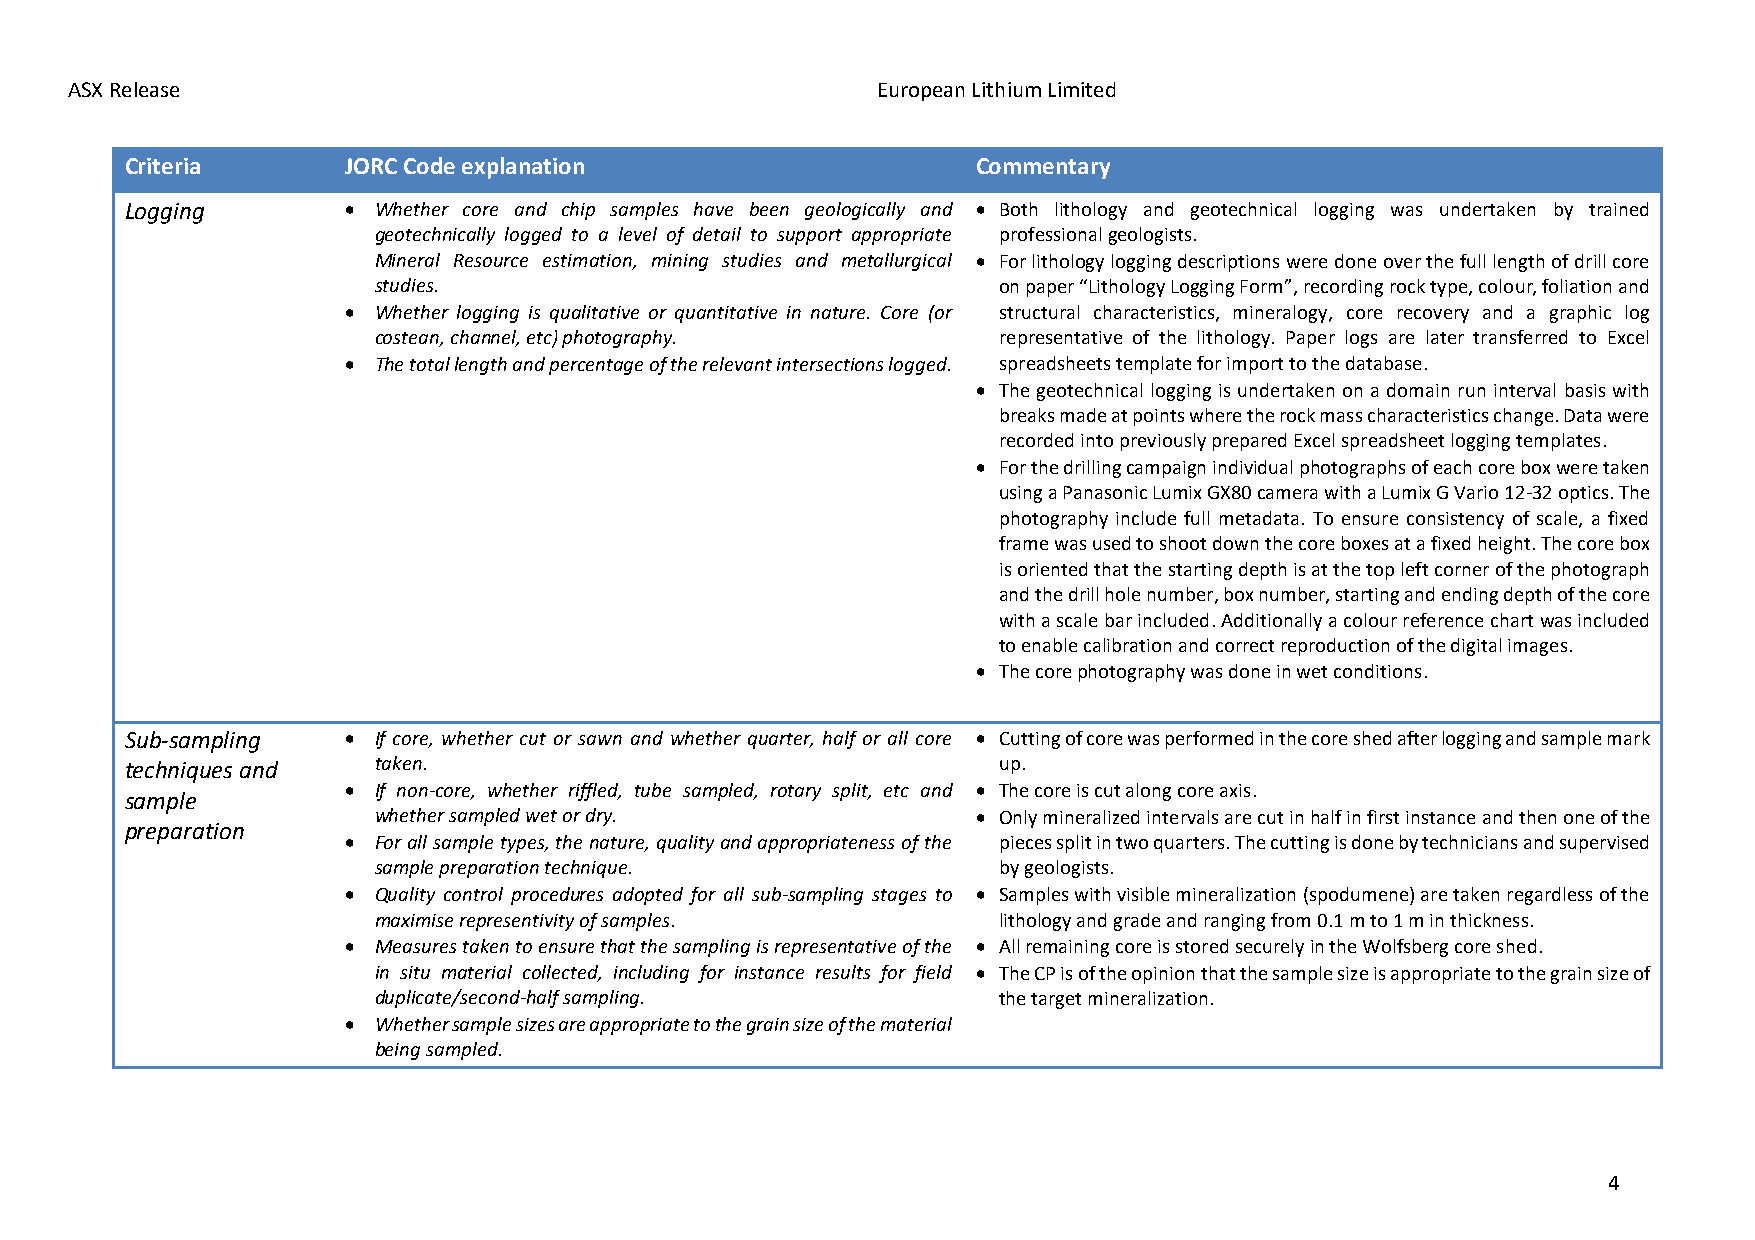
ASX Release                                           European Lithium Limited
 Criteria       JORC Code explanation                     Commentary
 Logging        • Whether core and chip samples have been geologically and • Both lithology and geotechnical logging was undertaken by trained
 geotechnically logged to a level of detail to support appropriate professional geologists.
 Mineral Resource estimation, mining studies and metallurgical • For lithology logging descriptions were done over the full length of drill core
 studies.                                 on paper “Lithology Logging Form”, recording rock type, colour, foliation and
 • Whether logging is qualitative or quantitative in nature. Core (or structural characteristics, mineralogy, core recovery and a graphic log
 costean, channel, etc) photography.      representative of the lithology. Paper logs are later transferred to Excel
 • The total length and percentage of the relevant intersections logged. spreadsheets template for import to the database.
 • The geotechnical logging is undertaken on a domain run interval basis with
 breaks made at points where the rock mass characteristics change. Data were
 recorded into previously prepared Excel spreadsheet logging templates.
 • For the drilling campaign individual photographs of each core box were taken
 using a Panasonic Lumix GX80 camera with a Lumix G Vario 12-32 optics. The
 photography include full metadata. To ensure consistency of scale, a fixed
 frame was used to shoot down the core boxes at a fixed height. The core box
 is oriented that the starting depth is at the top left corner of the photograph
 and the drill hole number, box number, starting and ending depth of the core
 with a scale bar included. Additionally a colour reference chart was included
 to enable calibration and correct reproduction of the digital images.
 • The core photography was done in wet conditions.
 Sub-sampling   • If core, whether cut or sawn and whether quarter, half or all core • Cutting of core was performed in the core shed after logging and sample mark
 techniques and   taken.                                   up.
 • If non-core, whether riffled, tube sampled, rotary split, etc and • The core is cut along core axis.
 sample
 whether sampled wet or dry.             • Only mineralized intervals are cut in half in first instance and then one of the
 preparation
 • For all sample types, the nature, quality and appropriateness of the pieces split in two quarters. The cutting is done by technicians and supervised
 sample preparation technique.            by geologists.
 • Quality control procedures adopted for all sub-sampling stages to • Samples with visible mineralization (spodumene) are taken regardless of the
 maximise representivity of samples.      lithology and grade and ranging from 0.1 m to 1 m in thickness.
 • Measures taken to ensure that the sampling is representative of the • All remaining core is stored securely in the Wolfsberg core shed.
 in situ material collected, including for instance results for field • The CP is of the opinion that the sample size is appropriate to the grain size of
 duplicate/second-half sampling.          the target mineralization.
 • Whether sample sizes are appropriate to the grain size of the material
 being sampled.
 4